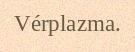
Vérplazma.